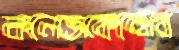
কলেজকেন্দ্রের